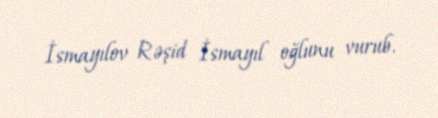
İsmayılov Rəşid İsmayıl oğlunu vurub.